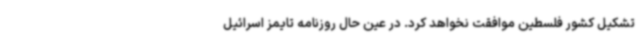
تشکیل کشور فلسطین موافقت نخواهد کرد. در عین حال روزنامه تایمز اسرائیل